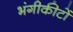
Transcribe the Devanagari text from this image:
भंगीकीटों